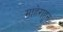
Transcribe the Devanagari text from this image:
माहेराहून